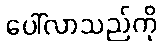
ပေါ်လာသည်ကို